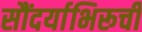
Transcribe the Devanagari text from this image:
सौंदर्याभिरूची